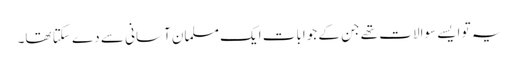
یہ تو ایسے سوالات تھے جن کے جوابات ایک مسلمان آسانی سے دے سکتا تھا۔